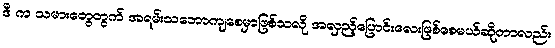
ဒီ က သမားတွေတွက် အရမ်းသဘောကျစေမှာဖြစ်သလို အလှည့်ပြောင်းလေးဖြစ်စေမယ်ဆိုတာလည်း